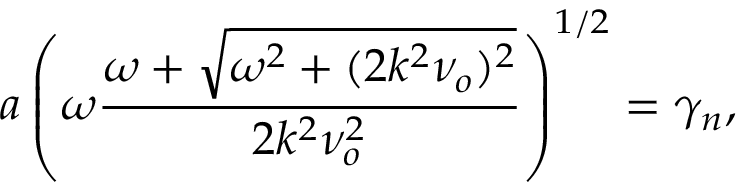
a \left( \omega \frac { \omega + \sqrt { \omega ^ { 2 } + ( 2 k ^ { 2 } \nu _ { o } ) ^ { 2 } } } { 2 k ^ { 2 } \nu _ { o } ^ { 2 } } \right) ^ { 1 / 2 } = \gamma _ { n } ,